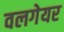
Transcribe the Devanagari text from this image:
वलगेयर